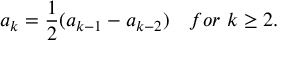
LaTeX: a _ { k } = { \frac { 1 } { 2 } } ( a _ { k - 1 } - a _ { k - 2 } ) \quad f o r \ k \geq 2 .